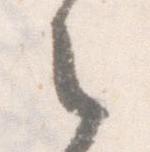
之